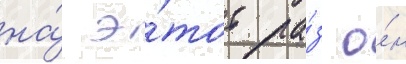
на́ э́тот ра́з о́н